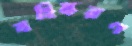
বহিষ্করণ